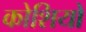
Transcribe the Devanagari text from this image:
कोशियों